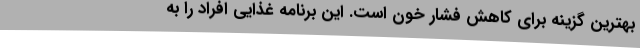
بهترین گزینه برای کاهش فشار خون است. این برنامه غذایی افراد را به